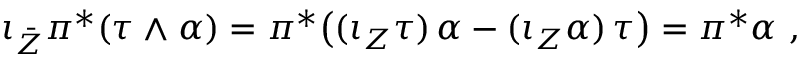
\iota _ { \bar { Z } } \pi ^ { * } ( \tau \wedge \alpha ) = \pi ^ { * } \bigl ( ( \iota _ { Z } \tau ) \, \alpha - ( \iota _ { Z } \alpha ) \, \tau \bigr ) = \pi ^ { * } \alpha \ ,